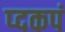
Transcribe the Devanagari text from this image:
प्दकपं